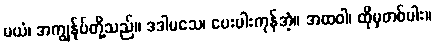
မယံ၊ အကျွန်ုပ်တို့သည်။ ဒဒါမသေ၊ ပေးပါးကုန်အံ့။ အထဝါ၊ ထိုမှတစ်ပါး။